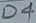
Text: D4